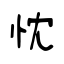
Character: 忱